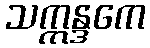
သဣန္ဒကေ